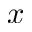
x